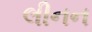
લીનન